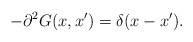
\begin{align*}-\partial^2 G(x,x')=\delta(x-x').\end{align*}